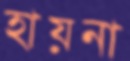
হায়না